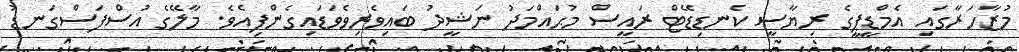
މުޒާހަރާގައި އެމްޑީޕީގެ ރިޔާސީ ކެނޑިޑޭޓް ރައީސް މުޙައްމަދު ނަޝީދު ބައިވެރިވެވަޑައިގެންފިއެވެ. މާލޭގެ އުސްފަސްގަނޑު